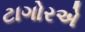
ટાગોરએ